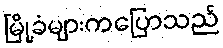
မြို့ခံများကပြောသည်